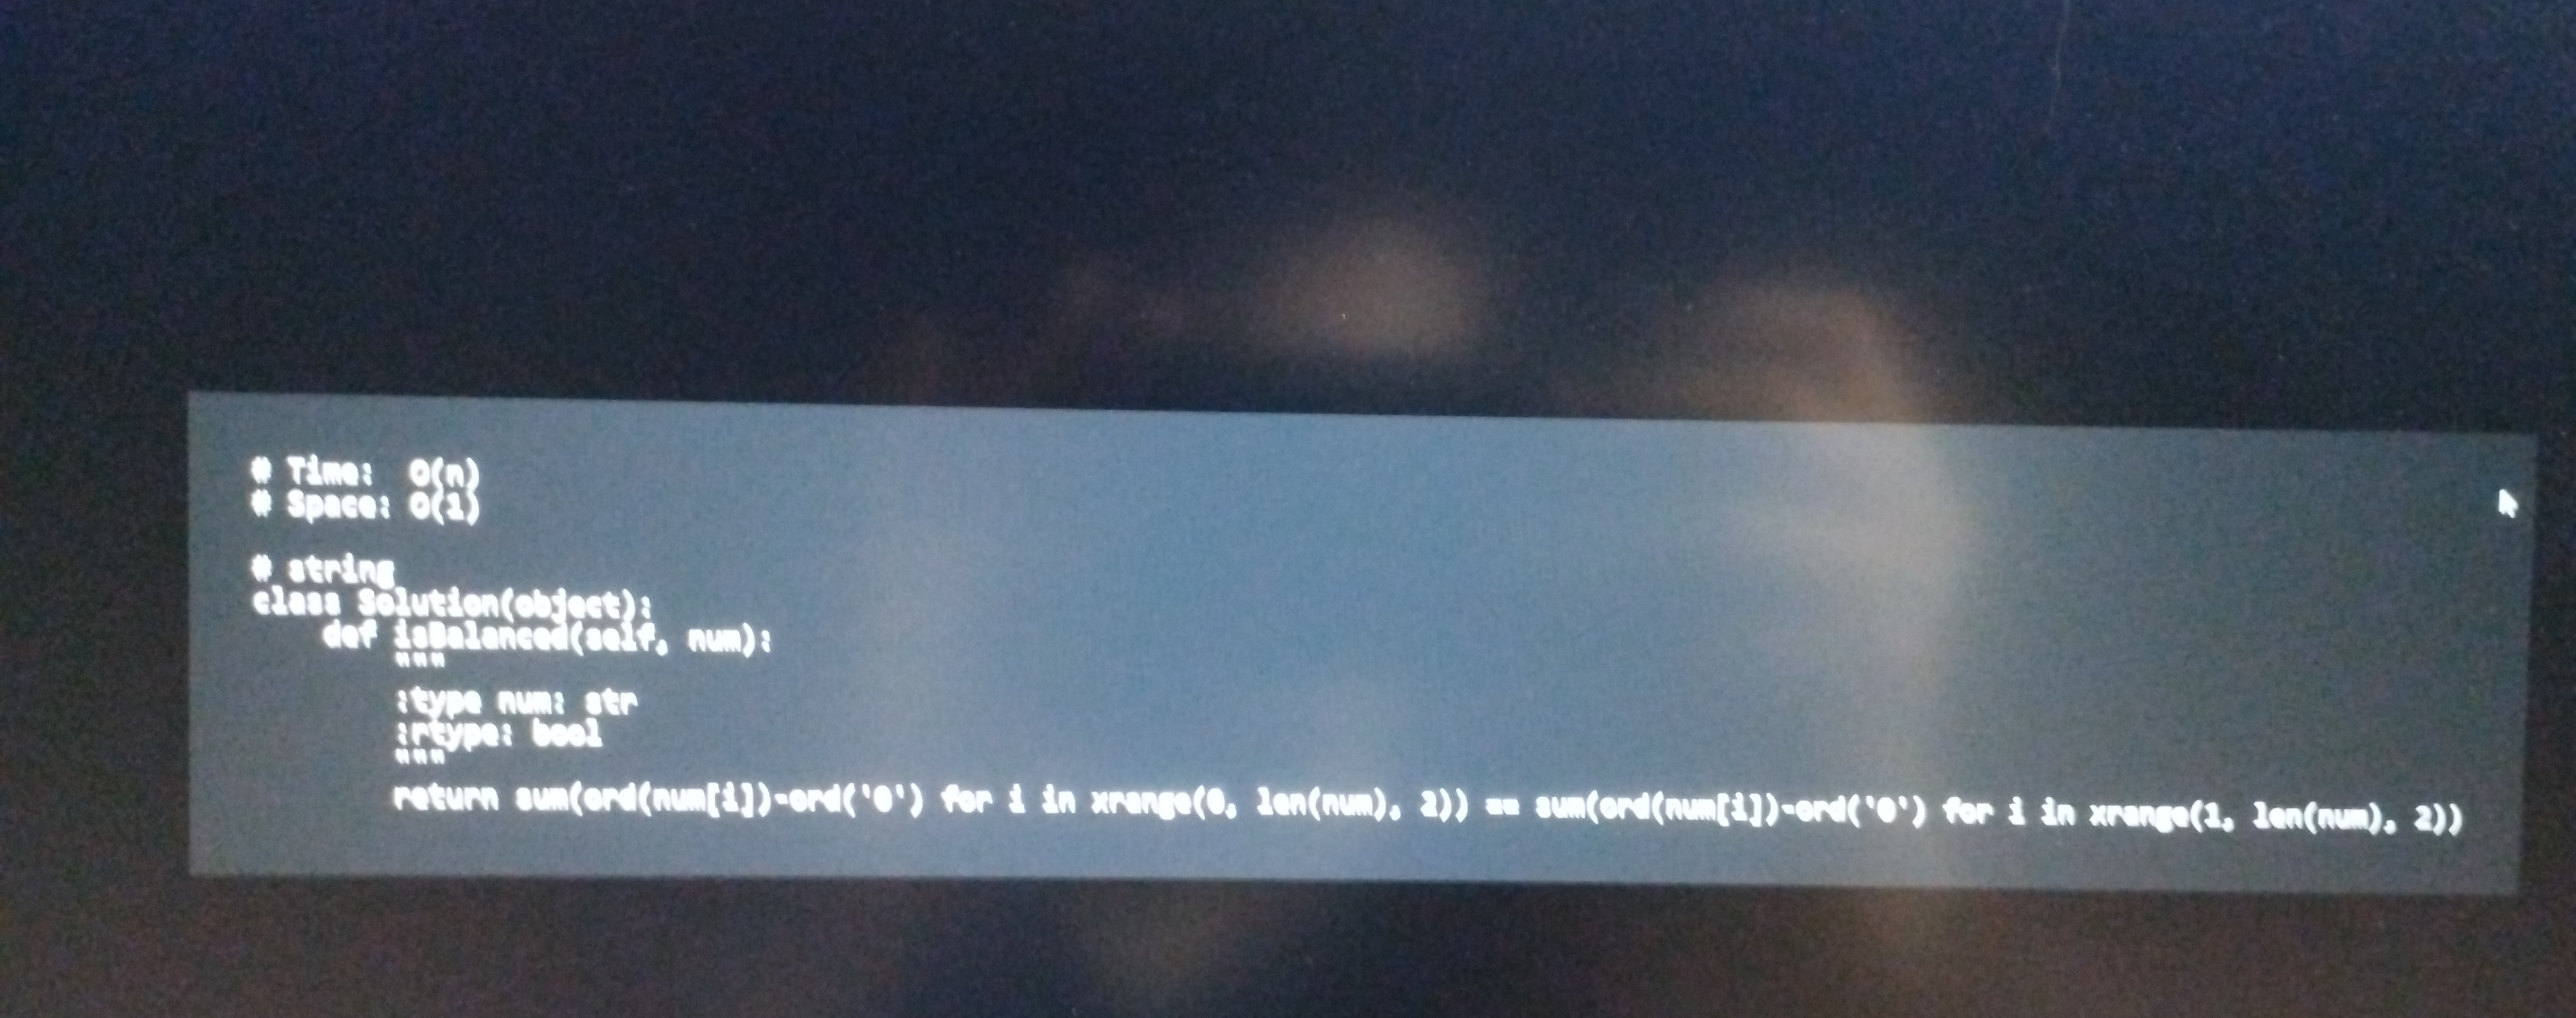
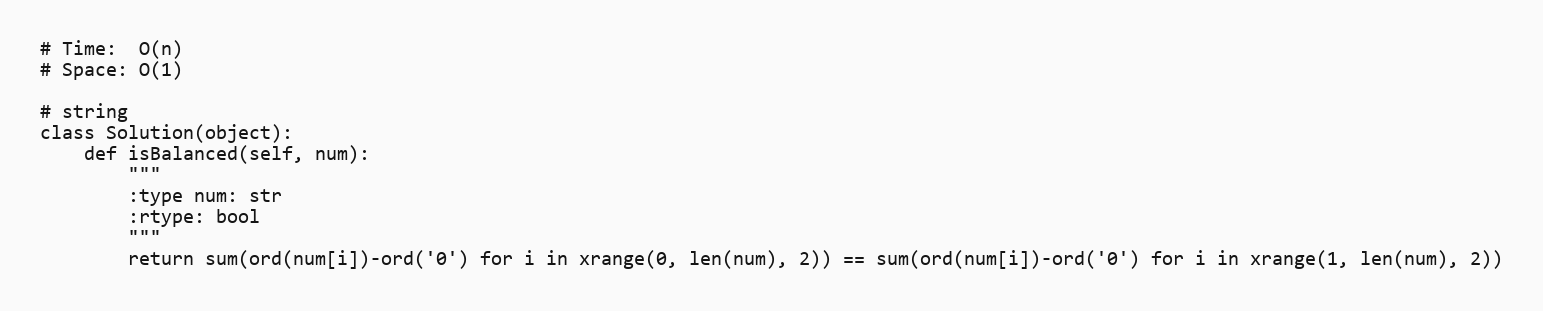
# Time:  O(n)
# Space: O(1)

# string
class Solution(object):
    def isBalanced(self, num):
        """
        :type num: str
        :rtype: bool
        """
        return sum(ord(num[i])-ord('0') for i in xrange(0, len(num), 2)) == sum(ord(num[i])-ord('0') for i in xrange(1, len(num), 2))